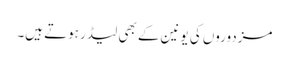
مزدوروں کی یونین کے بھی لیڈر ہوتے ہیں۔